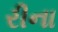
રીના